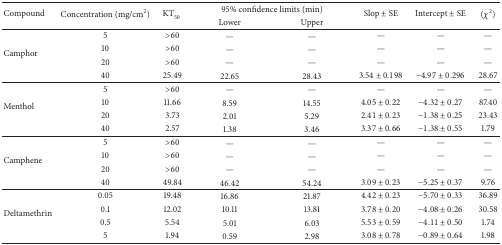
<table><thead><tr><td rowspan="2"><b>Compound</b></td><td rowspan="2"><b>Concentration (mg/cm<sup>2</sup>)</b></td><td rowspan="2"><b>KT<sub>50</sub></b></td><td colspan="2"><b> 95% confidence limits (min)</b></td><td rowspan="2"><b>Slop ± SE</b></td><td rowspan="2"><b>Intercept ± SE</b></td><td rowspan="2"><b>(<i>χ</i><sup>2</sup>)</b></td></tr><tr><td><b> Lower</b></td><td><b>Upper</b></td></tr></thead><tbody><tr><td rowspan="4">Camphor</td><td>5</td><td>&gt;60</td><td>—</td><td>—</td><td>—</td><td>—</td><td>—</td></tr><tr><td>10</td><td>&gt;60</td><td>—</td><td>—</td><td>—</td><td>—</td><td>—</td></tr><tr><td>20</td><td>&gt;60</td><td>—</td><td>—</td><td>—</td><td>—</td><td>—</td></tr><tr><td>40</td><td>25.49</td><td>22.65</td><td>28.43</td><td>3.54 ± 0.198</td><td>−4.97 ± 0.296</td><td>28.67</td></tr><tr><td rowspan="4">Menthol</td><td>5</td><td>&gt;60</td><td>—</td><td>—</td><td>—</td><td>—</td><td>—</td></tr><tr><td>10</td><td>11.66</td><td>8.59</td><td>14.55</td><td>4.05 ± 0.22</td><td>−4.32 ± 0.27</td><td>87.40</td></tr><tr><td>20</td><td>3.73</td><td>2.01</td><td>5.29</td><td>2.41 ± 0.23</td><td>−1.38 ± 0.25</td><td>23.43</td></tr><tr><td>40</td><td>2.57</td><td>1.38</td><td>3.46</td><td>3.37 ± 0.66</td><td>−1.38 ± 0.55</td><td>1.79</td></tr><tr><td rowspan="4">Camphene</td><td>5</td><td>&gt;60</td><td>—</td><td>—</td><td>—</td><td>—</td><td>—</td></tr><tr><td>10</td><td>&gt;60</td><td>—</td><td>—</td><td>—</td><td>—</td><td>—</td></tr><tr><td>20</td><td>&gt;60</td><td>—</td><td>—</td><td>—</td><td>—</td><td>—</td></tr><tr><td>40</td><td>49.84</td><td>46.42</td><td>54.24</td><td>3.09 ± 0.23</td><td>−5.25 ± 0.37</td><td>9.76</td></tr><tr><td rowspan="4">Deltamethrin</td><td>0.05</td><td>19.48</td><td>16.86</td><td>21.87</td><td>4.42 ± 0.23</td><td>−5.70 ± 0.33</td><td>36.89</td></tr><tr><td>0.1</td><td>12.02</td><td>10.11</td><td>13.81</td><td>3.78 ± 0.20</td><td>−4.08 ± 0.26</td><td>30.58</td></tr><tr><td>0.5</td><td>5.54</td><td>5.01</td><td>6.03</td><td>5.53 ± 0.59</td><td>−4.11 ± 0.50</td><td>1.74</td></tr><tr><td>5</td><td>1.94</td><td>0.59</td><td>2.98</td><td>3.08 ± 0.78</td><td>−0.89 ± 0.64</td><td>1.98</td></tr></tbody></table>